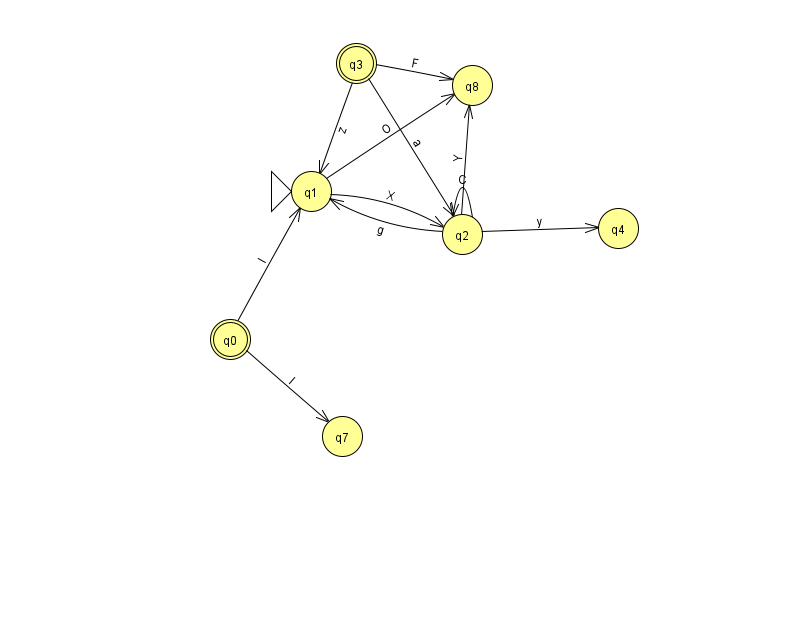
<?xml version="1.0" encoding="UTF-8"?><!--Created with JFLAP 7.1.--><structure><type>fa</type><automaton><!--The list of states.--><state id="0" name="q0"><x>230.0</x><y>326.0</y><final/></state><state id="1" name="q1"><x>311.0</x><y>178.0</y><initial/></state><state id="2" name="q2"><x>462.0</x><y>221.0</y></state><state id="3" name="q3"><x>356.0</x><y>50.0</y><final/></state><state id="4" name="q4"><x>618.0</x><y>215.0</y></state><state id="7" name="q7"><x>342.0</x><y>423.0</y></state><state id="8" name="q8"><x>472.0</x><y>72.0</y></state><!--The list of transitions.--><transition><from>0</from><to>7</to><read>l</read></transition><transition><from>1</from><to>8</to><read>O</read></transition><transition><from>2</from><to>2</to><read>C</read></transition><transition><from>2</from><to>4</to><read>y</read></transition><transition><from>2</from><to>1</to><read>g</read></transition><transition><from>0</from><to>1</to><read>l</read></transition><transition><from>2</from><to>8</to><read>Y</read></transition><transition><from>3</from><to>1</to><read>z</read></transition><transition><from>3</from><to>8</to><read>F</read></transition><transition><from>1</from><to>2</to><read>X</read></transition><transition><from>3</from><to>2</to><read>a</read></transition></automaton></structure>